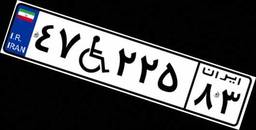
۴۷W۲۲۵۸۳